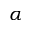
\alpha